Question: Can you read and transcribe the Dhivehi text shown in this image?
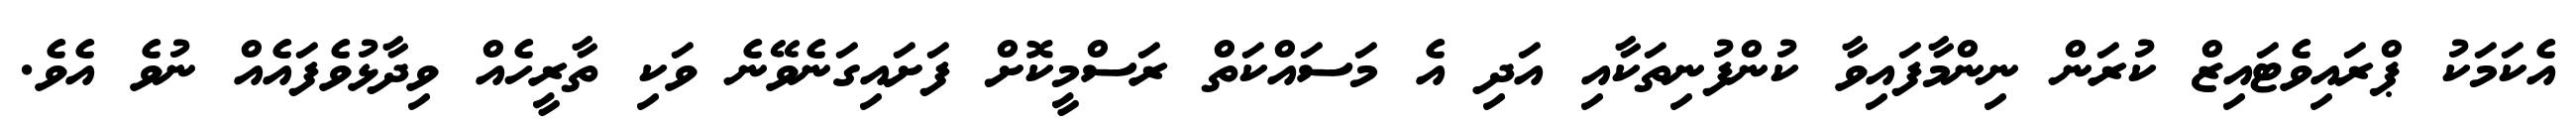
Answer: އެކަމަކު ޕްރައިވެޓައިޒް ކުރަން ނިންމާފައިވާ ކުންފުނިތަކާއި އަދި އެ މަސައްކަތް ރަސްމީކޮށް ފަށައިގަނެވޭނެ ވަކި ތާރީހެއް ވިދާޅުވެފައެއް ނުވެ އެވެ.